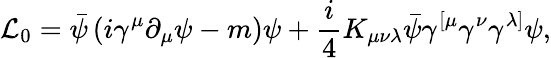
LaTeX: {\cal L}_{0}=\bar{\psi}\left(i\gamma^{\mu}\partial_{\mu}\psi-m\right)\psi+\frac{i}{4}K_{\mu\nu\lambda}\bar{\psi}\gamma^{\left[\mu\right.}\gamma^{\nu}\gamma^{\left.\lambda\right]}\psi,